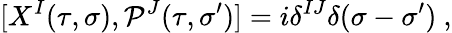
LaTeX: [X^{I}(\tau,\sigma),{\cal P}^{J}(\tau,\sigma^{\prime})]=i\delta^{IJ}\delta(\sigma-\sigma^{\prime})~,